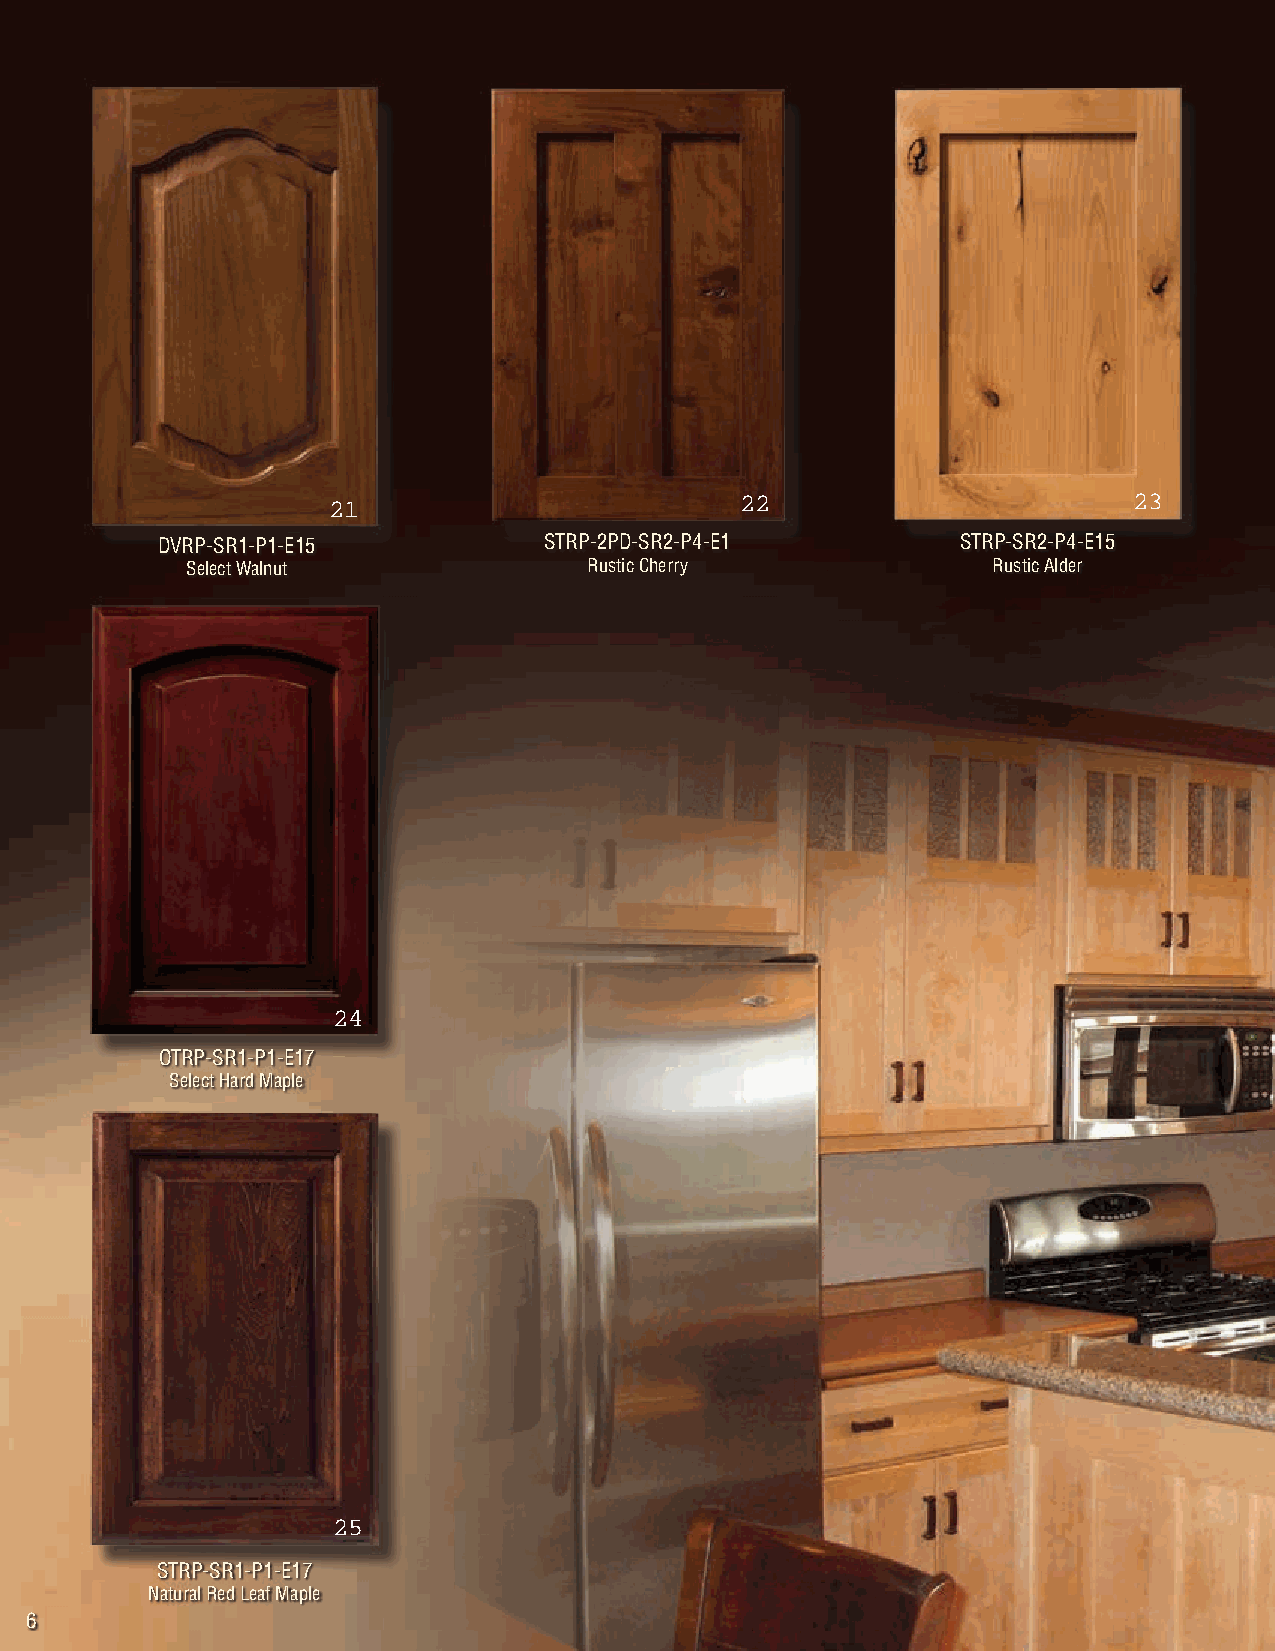
DVRP-SR1-P1-E15           STRP-2PD-SR2-P4-E1          STRP-SR2-P4-E15
 Select Walnut              Rustic Cherry              Rustic Alder
 OTRP-SR1-P1-E17
 Select Hard Maple
 STRP-SR1-P1-E17
 Natural Red Leaf Maple
 6